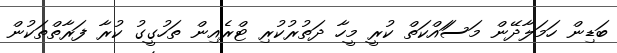
ބަޑިން ހަމަލާދޭން މަސަައްކަތް ކުރީ މީހާ ދަތުރުކުރި ޓްރެއިން ތަހުގީގު ކުރާ ފަރާތްތަކުން